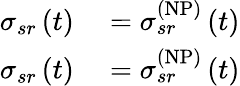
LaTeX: \begin{array}{rl}{\sigma_{sr}\left(t\right)}&{{}=\sigma_{sr}^{\left(\mathrm{NP}\right)}\left(t\right)}\\ {\sigma_{sr}\left(t\right)}&{{}=\sigma_{sr}^{\left(\mathrm{NP}\right)}\left(t\right)}\end{array}